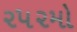
૨૫૨મો